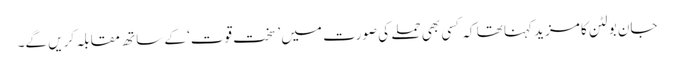
جان بولٹن کا مزید کہنا تھا کہ کسی بھی حملے کی صورت میں ’سخت قوت‘ کے ساتھ مقابلہ کریں گے۔